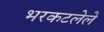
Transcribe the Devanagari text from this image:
भरकटलेले